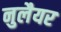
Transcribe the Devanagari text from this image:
नुलैयर